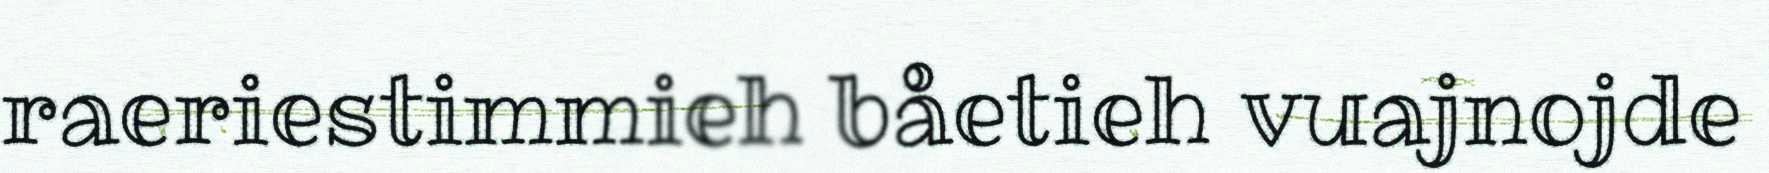
raeriestimmieh båetieh vuajnojde